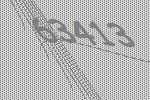
63413